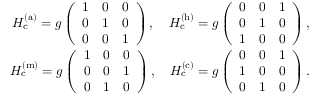
\begin{array} { r l r } & { } & { H _ { \mathrm { c } } ^ { \mathrm { ( a ) } } = g \left( \begin{array} { c c c } { 1 } & { 0 } & { 0 } \\ { 0 } & { 1 } & { 0 } \\ { 0 } & { 0 } & { 1 } \end{array} \right) , \quad H _ { \mathrm { c } } ^ { \mathrm { ( h ) } } = g \left( \begin{array} { c c c } { 0 } & { 0 } & { 1 } \\ { 0 } & { 1 } & { 0 } \\ { 1 } & { 0 } & { 0 } \end{array} \right) , } \\ & { } & { H _ { \mathrm { c } } ^ { \mathrm { ( m ) } } = g \left( \begin{array} { c c c } { 1 } & { 0 } & { 0 } \\ { 0 } & { 0 } & { 1 } \\ { 0 } & { 1 } & { 0 } \end{array} \right) , \quad H _ { \mathrm { c } } ^ { \mathrm { ( c ) } } = g \left( \begin{array} { c c c } { 0 } & { 0 } & { 1 } \\ { 1 } & { 0 } & { 0 } \\ { 0 } & { 1 } & { 0 } \end{array} \right) . } \end{array}